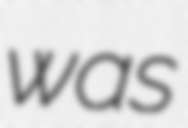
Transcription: was